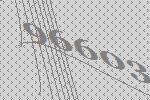
96603